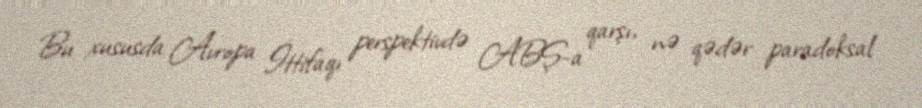
Bu xususda Avropa İttifaqı perspektivdə ABŞ-a qarşı, nə qədər paradoksal